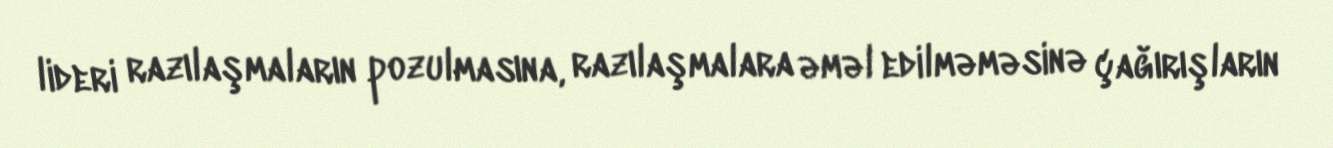
lideri razılaşmaların pozulmasına, razılaşmalara əməl edilməməsinə çağırışların